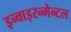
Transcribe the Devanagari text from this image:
इन्वाइरन्मेन्टल